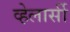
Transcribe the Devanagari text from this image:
व्हेलार्सी